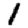
Digit: 1